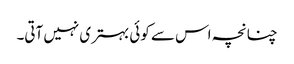
چنانچہ اس سے کوئی بہتری نہیں آتی۔